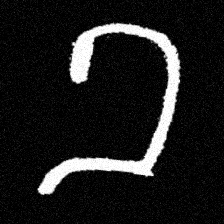
Pyu character \u2014 Myanmar letter: ခ (romanized: kha)